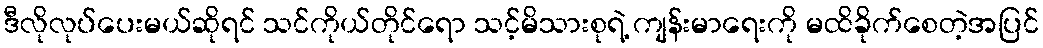
ဒီလိုလုပ်ပေးမယ်ဆိုရင် သင်ကိုယ်တိုင်ရော သင့်မိသားစုရဲ့ ကျန်းမာရေးကို မထိခိုက်စေတဲ့အပြင်